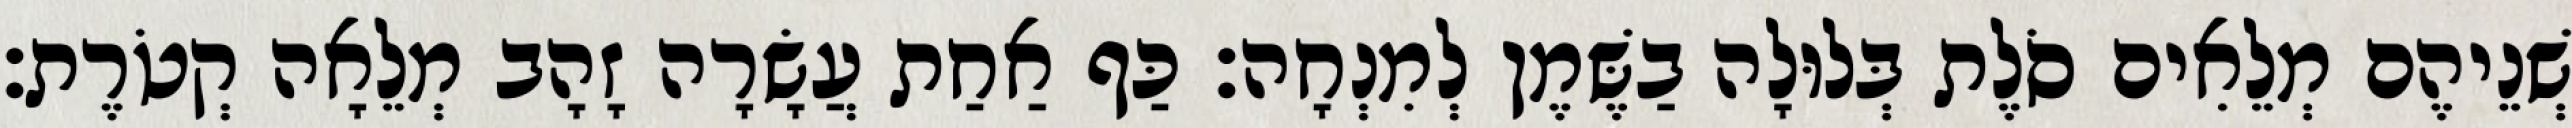
שְׁנֵיהֶם מְלֵאִים סֹלֶת בְּלוּלָה בַשֶּׁמֶן לְמִנְחָה׃ כַּף אַחַת עֲשָׂרָה זָהָב מְלֵאָה קְטֹרֶת׃